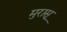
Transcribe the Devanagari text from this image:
मुरासू